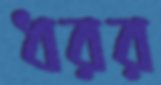
ধরর